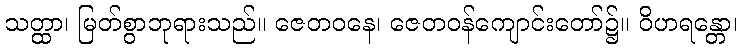
သတ္ထာ၊ မြတ်စွာဘုရားသည်။ ဇေတဝနေ၊ ဇေတဝန်ကျောင်းတော်၌။ ဝိဟရန္တော၊